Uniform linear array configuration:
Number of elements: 16
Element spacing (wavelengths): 1
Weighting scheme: hamming
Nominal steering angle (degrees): -15
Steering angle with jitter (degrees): -14.8
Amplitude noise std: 0.05
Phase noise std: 0.05

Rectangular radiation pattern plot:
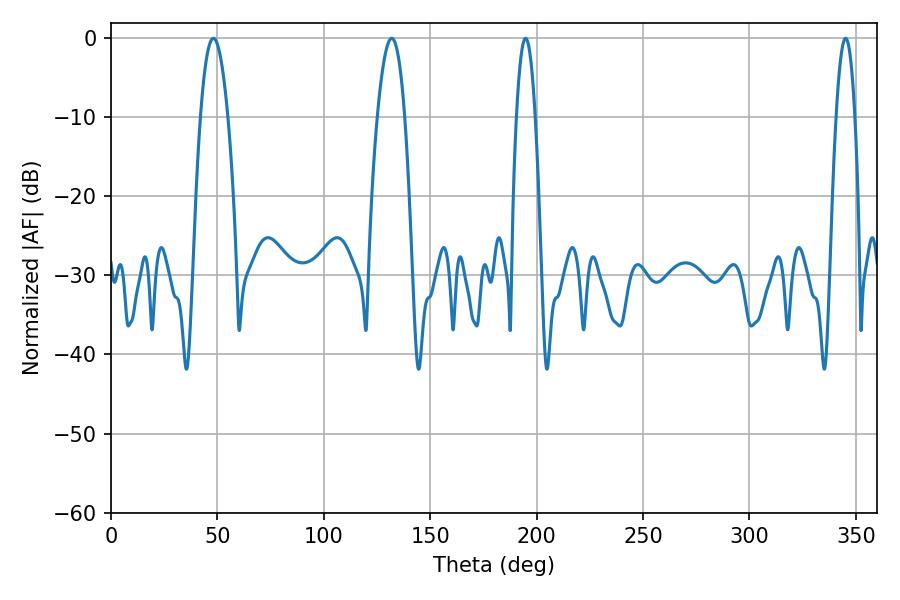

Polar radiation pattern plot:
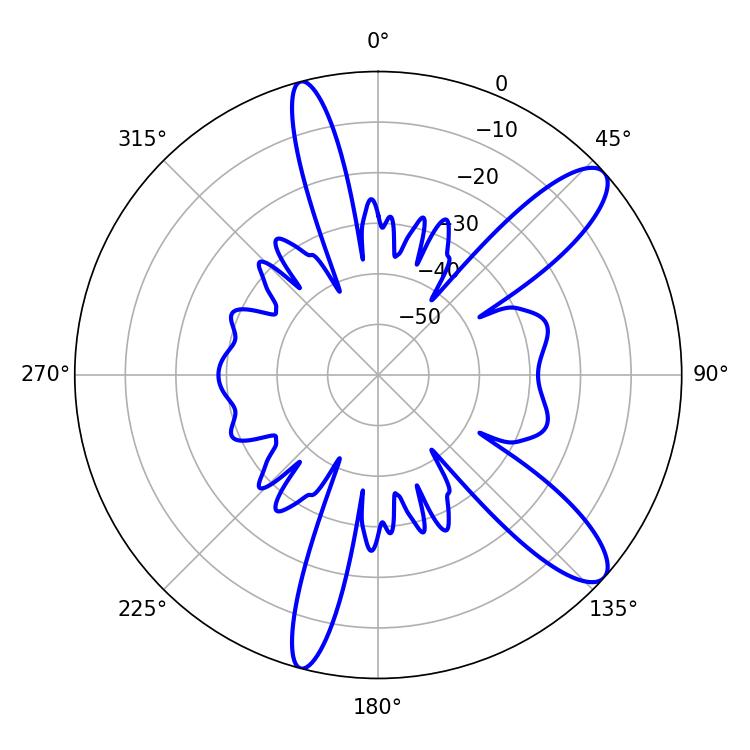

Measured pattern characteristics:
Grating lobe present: TRUE
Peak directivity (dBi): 11.185
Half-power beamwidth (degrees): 7.2
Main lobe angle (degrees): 48.06